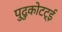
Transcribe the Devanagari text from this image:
पुदुकोटट्ई